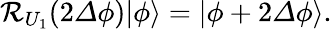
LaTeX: \begin{array}{r}{\mathcal{R}_{U_{1}}(2{\mathit\Delta\phi})|\phi\rangle=|\phi+2{\mathit\Delta\phi}\rangle.}\end{array}